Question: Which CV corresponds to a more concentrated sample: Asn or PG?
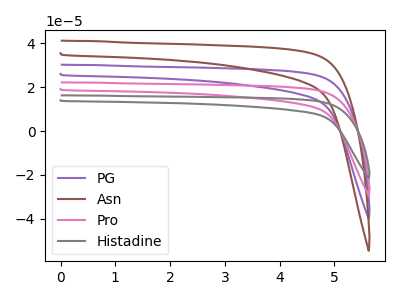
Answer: <think>The purple curve "PG" has no peaks. The brown curve "Asn" has no peaks. The pink curve "Pro" has no peaks. The gray curve "Histadine" has no peaks.
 Neither "Asn" or "PG" have any peaks.</think>
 <answer>I cant tell if "Asn" or "PG" has higher concentration.</answer>
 <eval>mixed_concentration</eval>